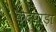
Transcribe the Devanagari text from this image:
केंद्रपाड़ा